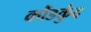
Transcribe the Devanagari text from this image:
कौंडकुंद